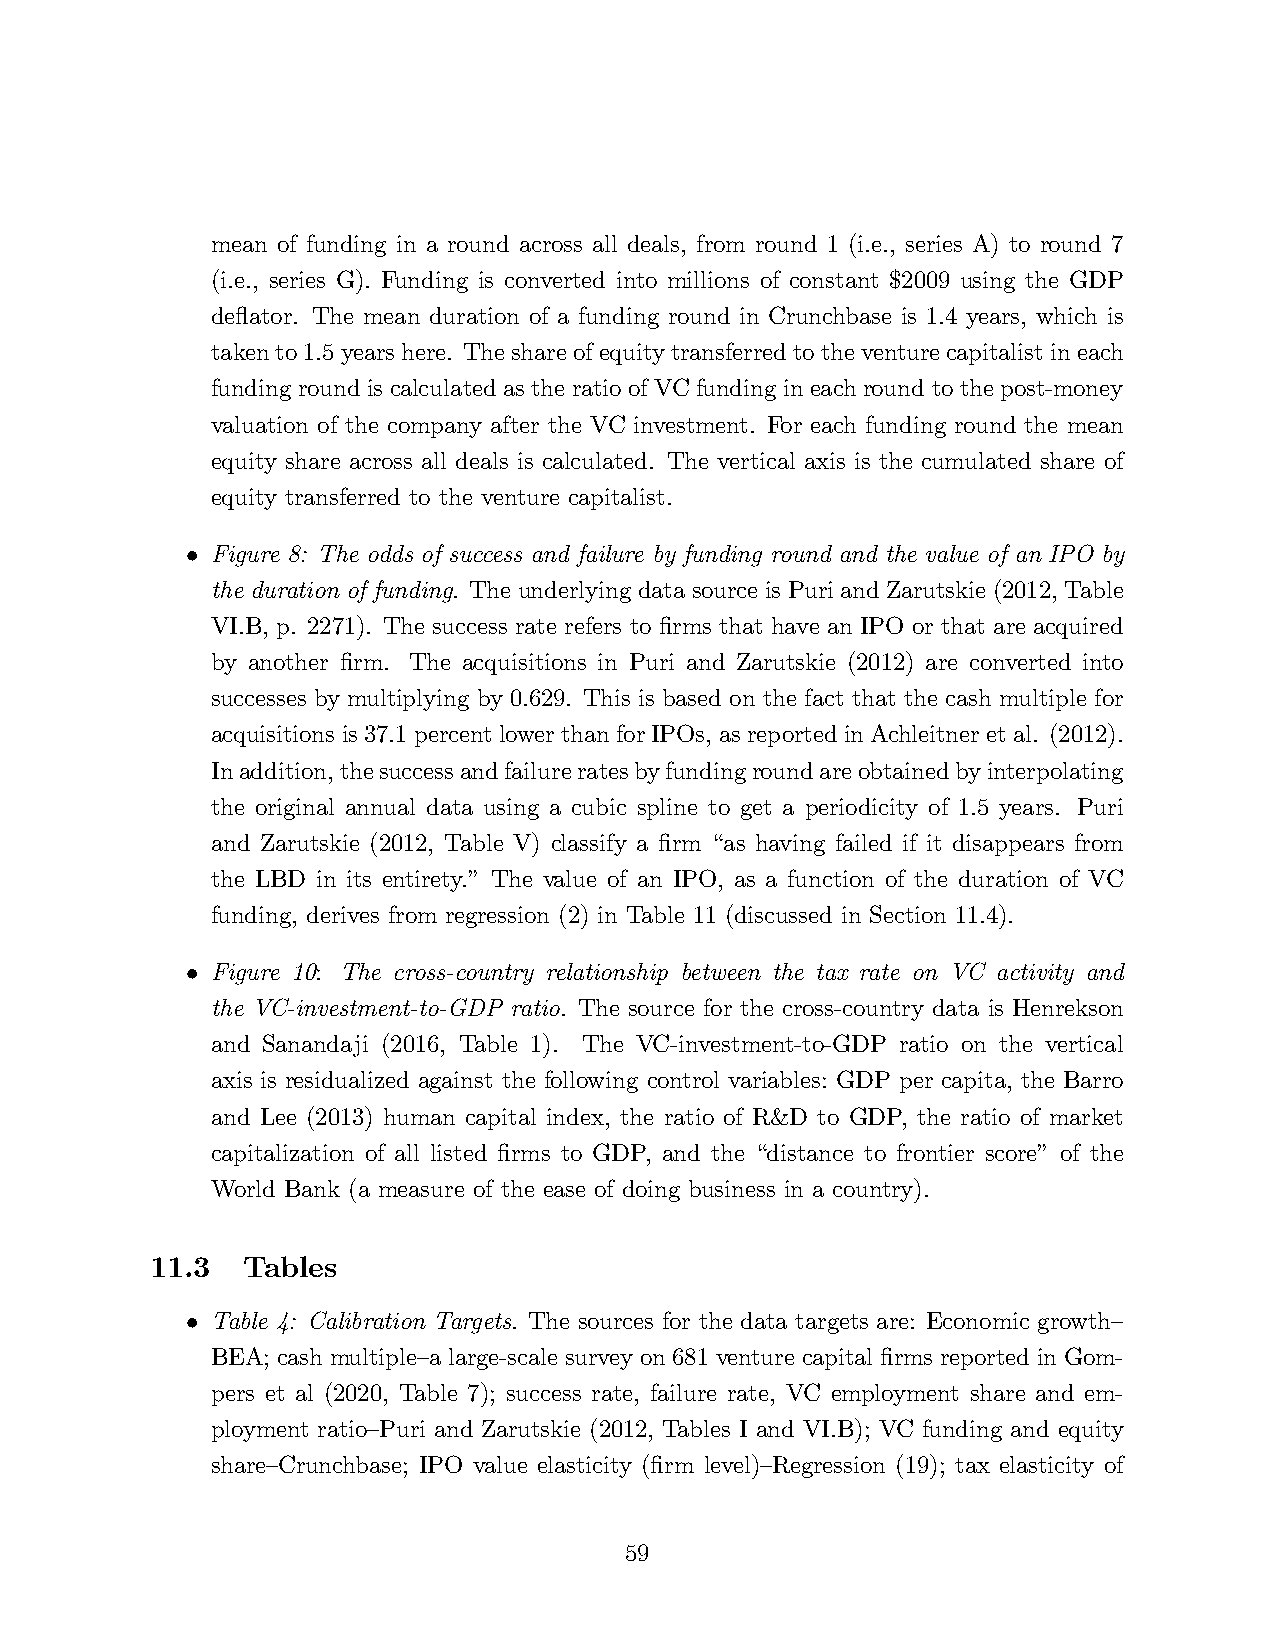
mean of funding in a round across all deals, from round 1 (i.e., series A) to round 7
 (i.e., series G). Funding is converted into millions of constant $2009 using the GDP
 deflator. The mean duration of a funding round in Crunchbase is 1.4 years, which is
 taken to 1.5 years here. The share of equity transferred to the venture capitalist in each
 funding round is calculated as the ratio of VC funding in each round to the post-money
 valuation of the company after the VC investment. For each funding round the mean
 equity share across all deals is calculated. The vertical axis is the cumulated share of
 equity transferred to the venture capitalist.
 Figure 8: The odds of success and failure by funding round and the value of an IPO by
 •
 the duration of funding. The underlying data source is Puri and Zarutskie (2012, Table
 VI.B, p. 2271). The success rate refers to firms that have an IPO or that are acquired
 by another firm. The acquisitions in Puri and Zarutskie (2012) are converted into
 successes by multiplying by 0.629. This is based on the fact that the cash multiple for
 acquisitions is 37.1 percent lower than for IPOs, as reported in Achleitner et al. (2012).
 In addition, the success and failure rates by funding round are obtained by interpolating
 the original annual data using a cubic spline to get a periodicity of 1.5 years. Puri
 and Zarutskie (2012, Table V) classify a firm “as having failed if it disappears from
 the LBD in its entirety.” The value of an IPO, as a function of the duration of VC
 funding, derives from regression (2) in Table 11 (discussed in Section 11.4).
 Figure 10: The cross-country relationship between the tax rate on VC activity and
 •
 the VC-investment-to-GDP ratio. The source for the cross-country data is Henrekson
 and Sanandaji (2016, Table 1). The VC-investment-to-GDP ratio on the vertical
 axis is residualized against the following control variables: GDP per capita, the Barro
 and Lee (2013) human capital index, the ratio of R&D to GDP, the ratio of market
 capitalization of all listed firms to GDP, and the “distance to frontier score” of the
 World Bank (a measure of the ease of doing business in a country).
 11.3  Tables
 Table 4: Calibration Targets. The sources for the data targets are: Economic growth—
 •
 BEA; cash multiple—a large-scale survey on 681 venture capital firms reported in Gom-
 pers et al (2020, Table 7); success rate, failure rate, VC employment share and em-
 ployment ratio—Puri and Zarutskie (2012, Tables I and VI.B); VC funding and equity
 share—Crunchbase; IPO value elasticity (firm level)—Regression (19); tax elasticity of
 59